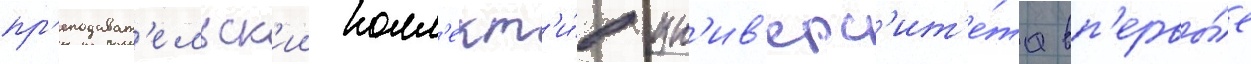
пр'еподават'ельск'ии колл'ект'и́в ун'ив'ерс'ит'е́та вп'ервы́е